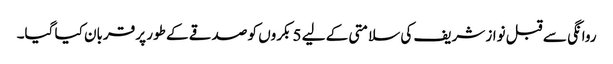
روانگی سے قبل نواز شریف کی سلامتی کے لیے 5 بکروں کو صدقے کے طور پر قربان کیا گیا۔